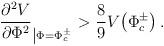
LaTeX: \begin{align*}\frac{\partial^2 V}{\partial \Phi^2}_{\left| \Phi = \Phi_c ^\pm\right. } > \frac{8}{9} V\!\left( \Phi_c ^\pm\right) .\end{align*}